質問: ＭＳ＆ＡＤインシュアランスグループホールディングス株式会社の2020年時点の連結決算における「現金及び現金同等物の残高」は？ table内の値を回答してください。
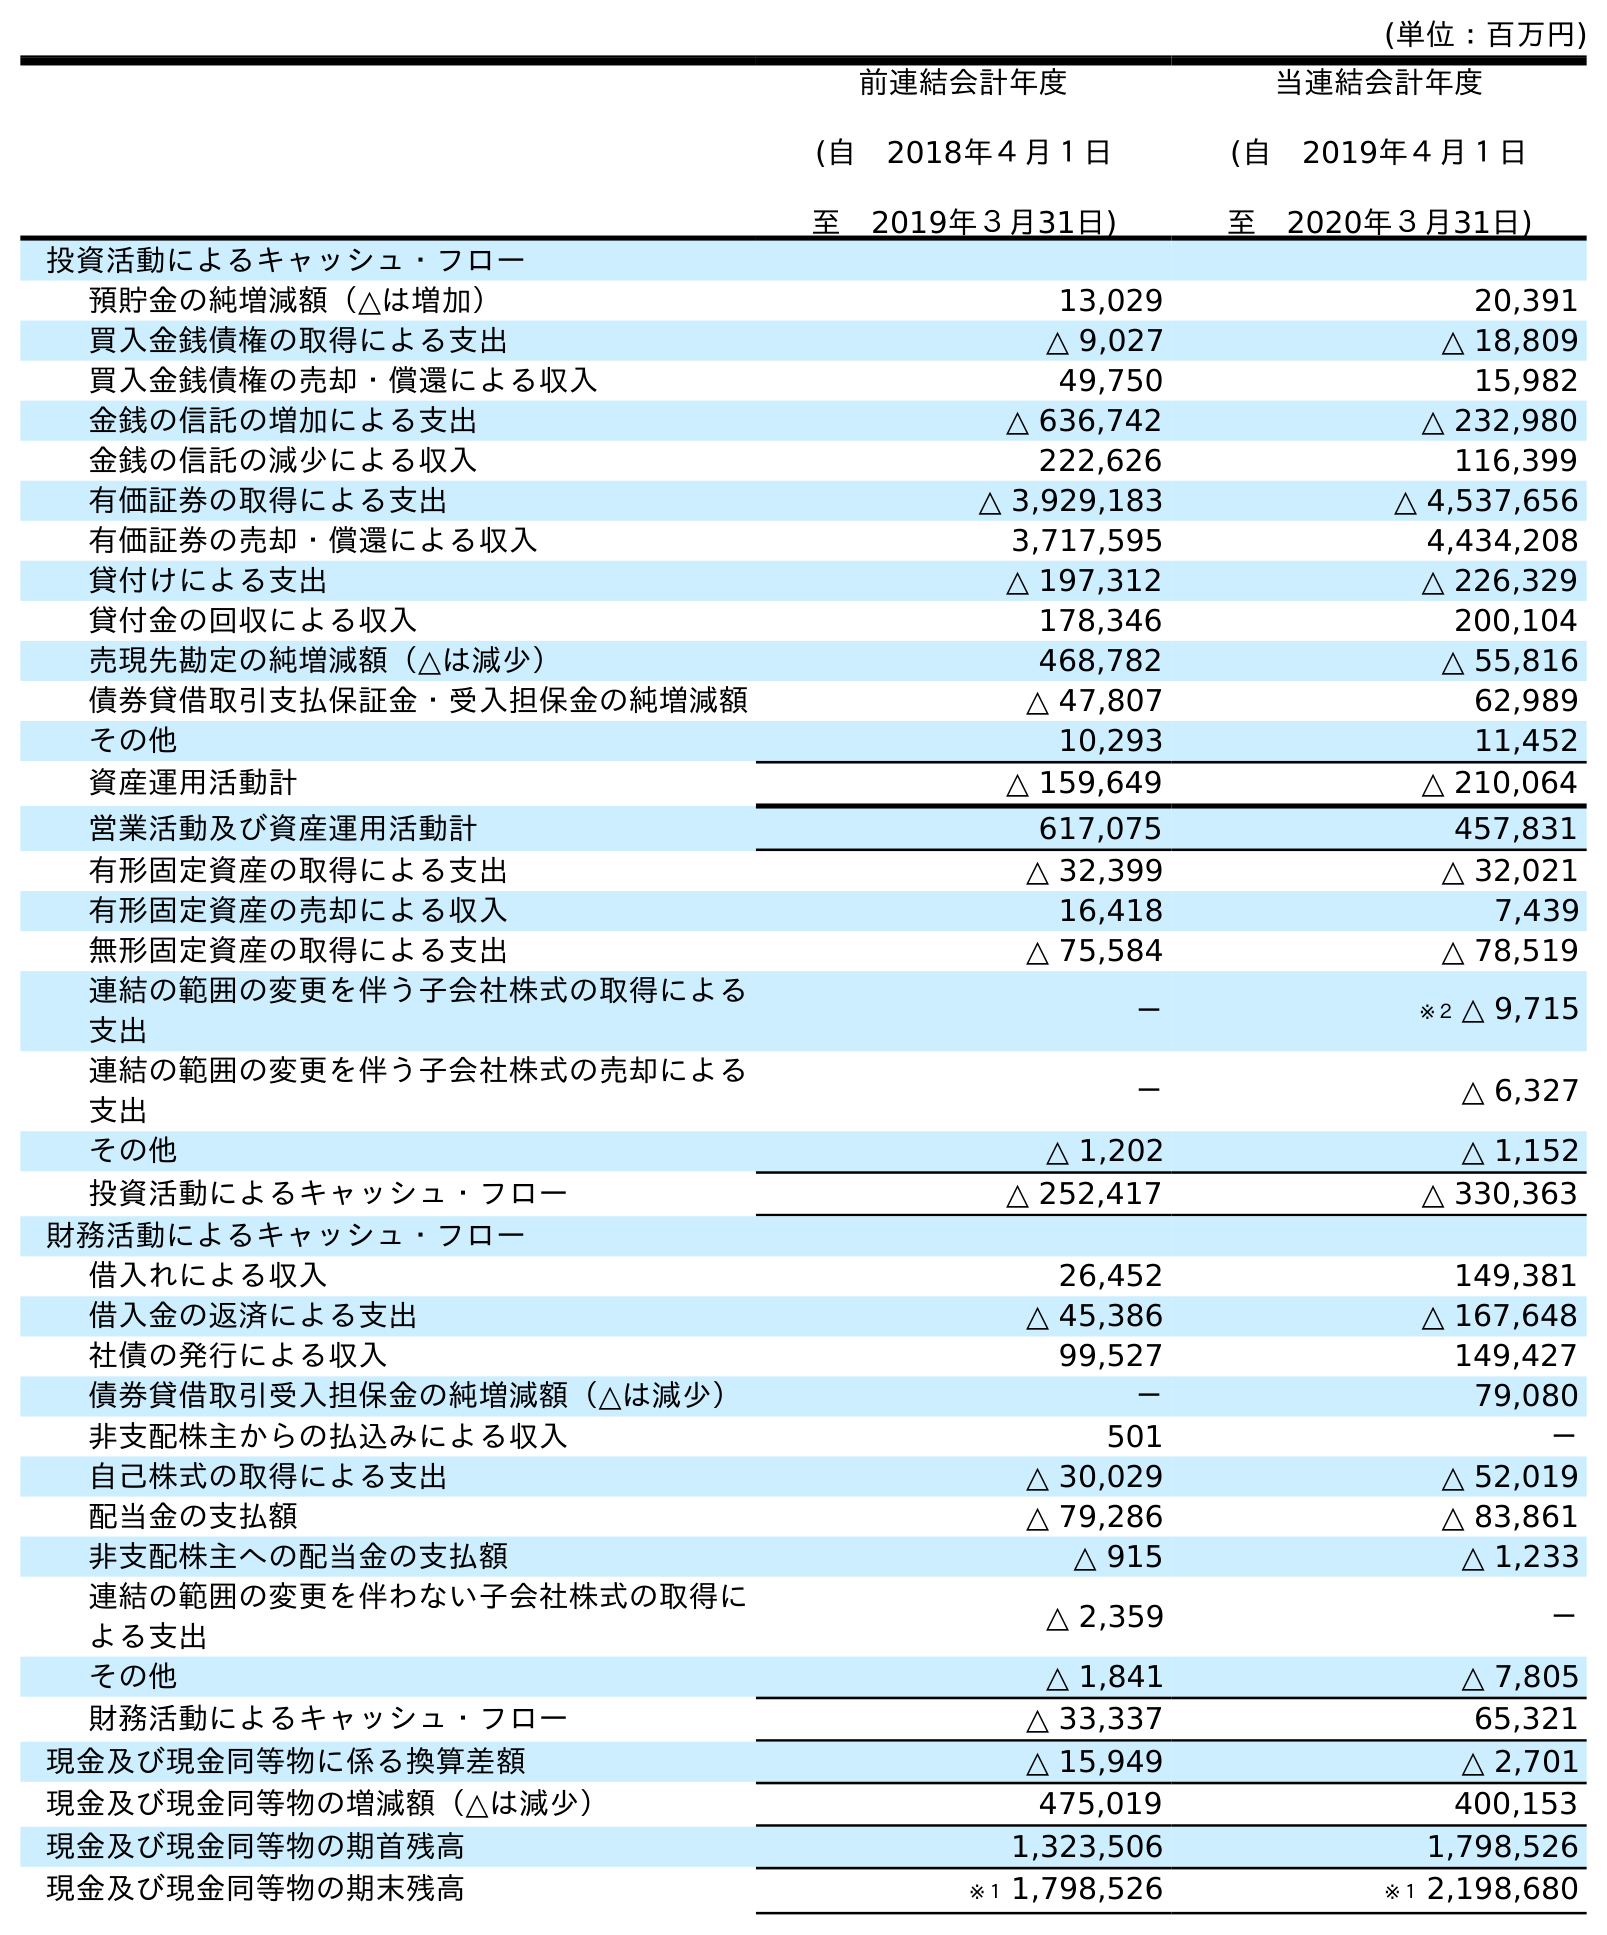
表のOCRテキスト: (単位：百万円) 前連結会計年度 (自 2018年４月１日 至 2019年３月31日) 当連結会計年度 (自 2019年４月１日 至 2020年３月31日) 投資活動によるキャッシュ・フロー 預貯金の純増減額（△は増加） 13,029 20,391 買入金銭債権の取得による支出 △ 9,027 △ 18,809 買入金銭債権の売却・償還による収入 49,750 15,982 金銭の信託の増加による支出 △ 636,742 △ 232,980 金銭の信託の減少による収入 222,626 116,399 有価証券の取得による支出 △ 3,929,183 △ 4,537,656 有価証券の売却・償還による収入 3,717,595 4,434,208 貸付けによる支出 △ 197,312 △ 226,329 貸付金の回収による収入 178,346 200,104 売現先勘定の純増減額（△は減少） 468,782 △ 55,816 債券貸借取引支払保証金・受入担保金の純増減額 △ 47,807 62,989 その他 10,293 11,452 資産運用活動計 △ 159,649 △ 210,064 営業活動及び資産運用活動計 617,075 457,831 有形固定資産の取得による支出 △ 32,399 △ 32,021 有形固定資産の売却による収入 16,418 7,439 無形固定資産の取得による支出 △ 75,584 △ 78,519 連結の範囲の変更を伴う子会社株式の取得による 支出 － ※２ △ 9,715 連結の範囲の変更を伴う子会社株式の売却による 支出 － △ 6,327 その他 △ 1,202 △ 1,152 投資活動によるキャッシュ・フロー △ 252,417 △ 330,363 財務活動によるキャッシュ・フロー 借入れによる収入 26,452 149,381 借入金の返済による支出 △ 45,386 △ 167,648 社債の発行による収入 99,527 149,427 債券貸借取引受入担保金の純増減額（△は減少） － 79,080 非支配株主からの払込みによる収入 501 － 自己株式の取得による支出 △ 30,029 △ 52,019 配当金の支払額 △ 79,286 △ 83,861 非支配株主への配当金の支払額 △ 915 △ 1,233 連結の範囲の変更を伴わない子会社株式の取得に よる支出 △ 2,359 － その他 △ 1,841 △ 7,805 財務活動によるキャッシュ・フロー △ 33,337 65,321 現金及び現金同等物に係る換算差額 △ 15,949 △ 2,701 現金及び現金同等物の増減額（△は減少） 475,019 400,153 現金及び現金同等物の期首残高 1,323,506 1,798,526 現金及び現金同等物の期末残高 ※１ 1,798,526 ※１ 2,198,680
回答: ※１2,198,680